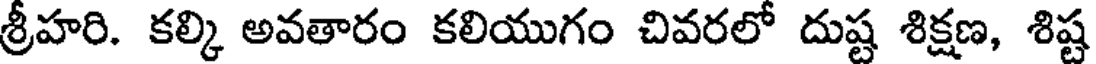
శ్రీహరి. కల్కి అవతారం కలియుగం చివరలో దుష్ట శిక్షణ, శిష్ట